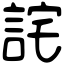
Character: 詫